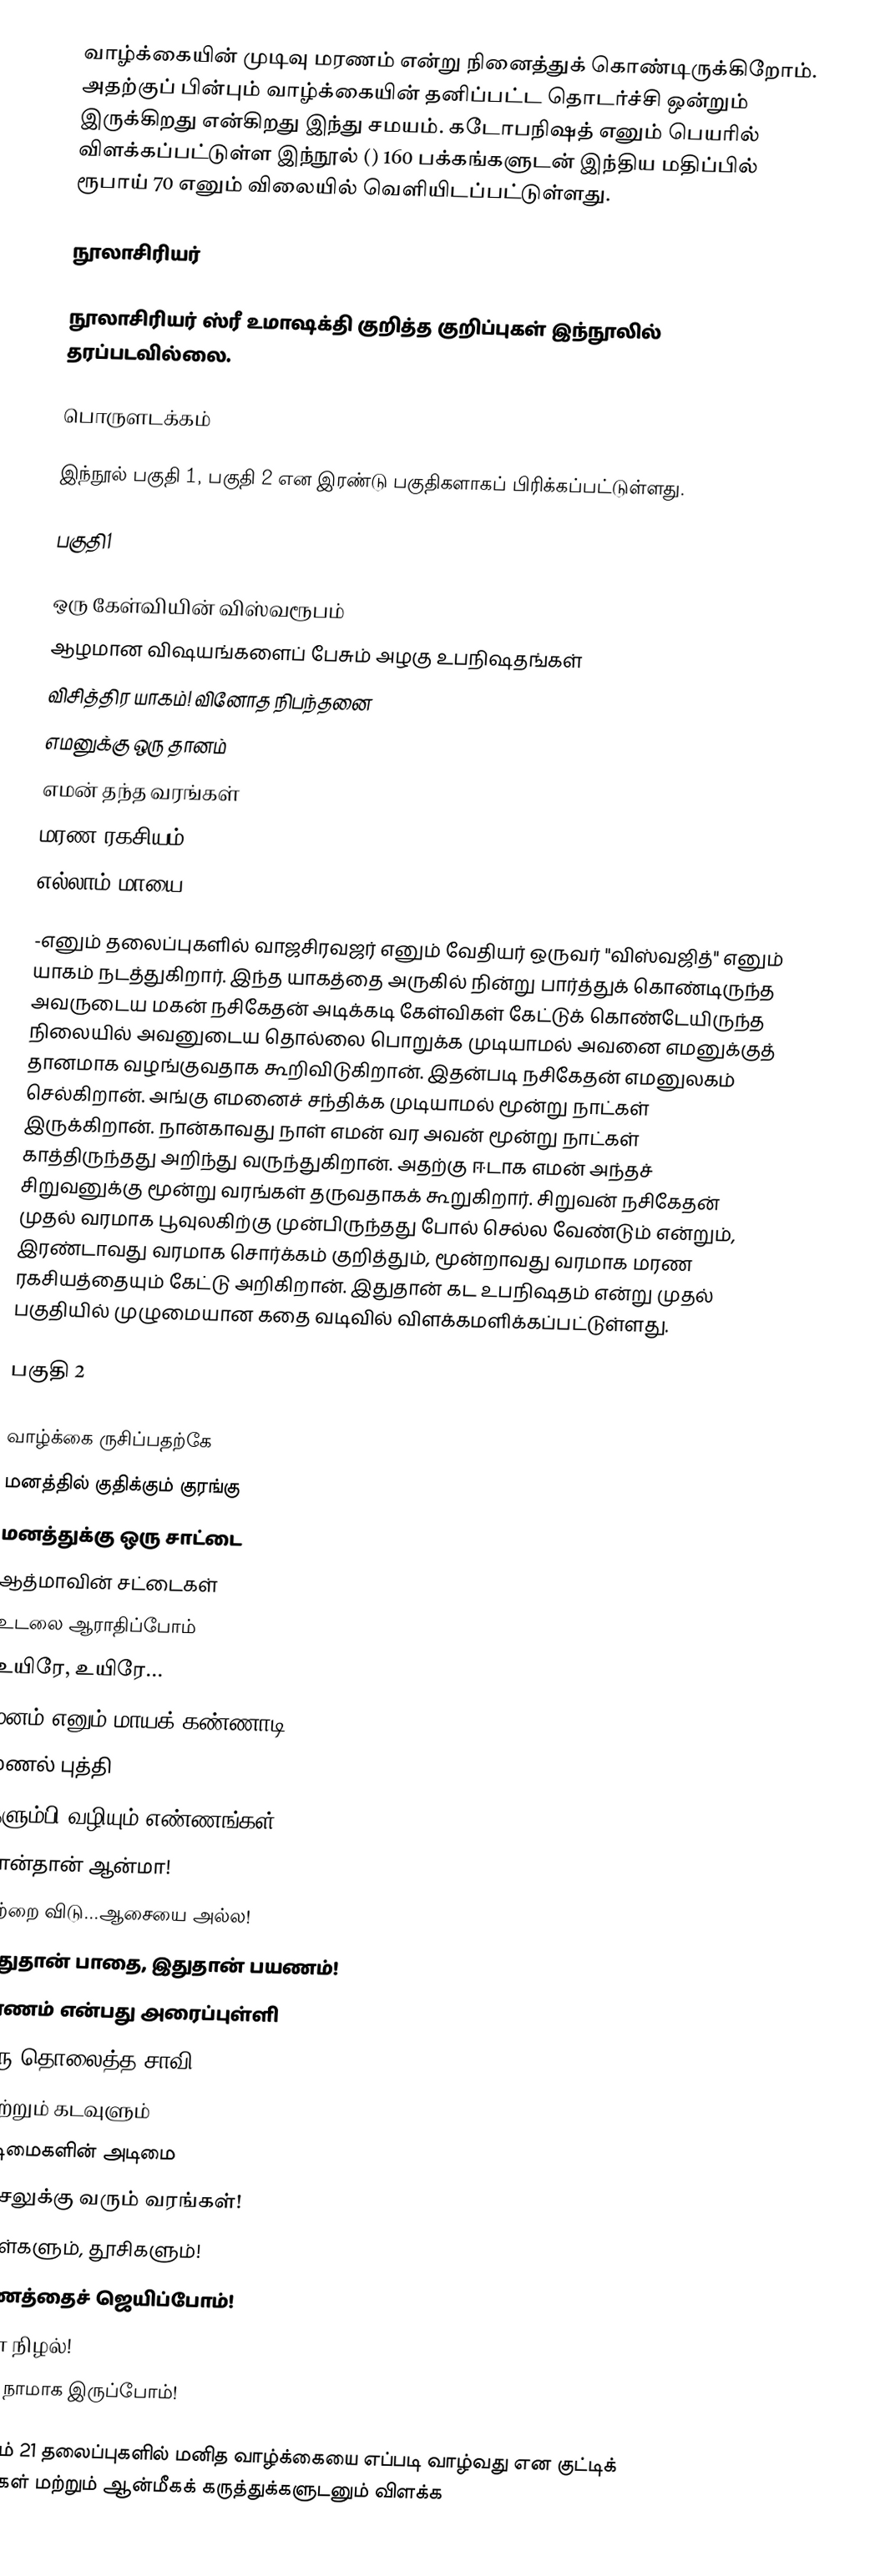
வாழ்க்கையின் முடிவு மரணம் என்று நினைத்துக் கொண்டிருக்கிறோம். அதற்குப் பின்பும் வாழ்க்கையின் தனிப்பட்ட தொடர்ச்சி ஒன்றும் இருக்கிறது என்கிறது இந்து சமயம். கடோபநிஷத் எனும் பெயரில் விளக்கப்பட்டுள்ள இந்நூல் () 160 பக்கங்களுடன் இந்திய மதிப்பில் ரூபாய் 70 எனும் விலையில் வெளியிடப்பட்டுள்ளது.

நூலாசிரியர்

நூலாசிரியர் ஸ்ரீ உமாஷக்தி குறித்த குறிப்புகள் இந்நூலில் தரப்படவில்லை.

பொருளடக்கம்

இந்நூல் பகுதி 1, பகுதி 2 என இரண்டு பகுதிகளாகப் பிரிக்கப்பட்டுள்ளது.

பகுதி1

ஒரு கேள்வியின் விஸ்வரூபம்
ஆழமான விஷயங்களைப் பேசும் அழகு உபநிஷதங்கள்
விசித்திர யாகம்! வினோத நிபந்தனை
எமனுக்கு ஒரு தானம்
எமன் தந்த வரங்கள்
மரண ரகசியம்
எல்லாம் மாயை

-எனும் தலைப்புகளில் வாஜசிரவஜர் எனும் வேதியர் ஒருவர் "விஸ்வஜித்" எனும் யாகம் நடத்துகிறார். இந்த யாகத்தை அருகில் நின்று பார்த்துக் கொண்டிருந்த அவருடைய மகன் நசிகேதன் அடிக்கடி கேள்விகள் கேட்டுக் கொண்டேயிருந்த நிலையில் அவனுடைய தொல்லை பொறுக்க முடியாமல் அவனை எமனுக்குத் தானமாக வழங்குவதாக கூறிவிடுகிறான். இதன்படி நசிகேதன் எமனுலகம் செல்கிறான். அங்கு எமனைச் சந்திக்க முடியாமல் மூன்று நாட்கள் இருக்கிறான். நான்காவது நாள் எமன் வர அவன் மூன்று நாட்கள் காத்திருந்தது அறிந்து வருந்துகிறான். அதற்கு ஈடாக எமன் அந்தச் சிறுவனுக்கு மூன்று வரங்கள் தருவதாகக் கூறுகிறார். சிறுவன் நசிகேதன் முதல் வரமாக பூவுலகிற்கு முன்பிருந்தது போல் செல்ல வேண்டும் என்றும், இரண்டாவது வரமாக சொர்க்கம் குறித்தும், மூன்றாவது வரமாக மரண ரகசியத்தையும் கேட்டு அறிகிறான். இதுதான் கட உபநிஷதம் என்று முதல் பகுதியில் முழுமையான கதை வடிவில் விளக்கமளிக்கப்பட்டுள்ளது.

பகுதி 2

வாழ்க்கை ருசிப்பதற்கே
மனத்தில் குதிக்கும் குரங்கு
மனத்துக்கு ஒரு சாட்டை
ஆத்மாவின் சட்டைகள்
உடலை ஆராதிப்போம்
உயிரே, உயிரே...
மனம் எனும் மாயக் கண்ணாடி
மணல் புத்தி
தளும்பி வழியும் எண்ணங்கள்
நான்தான் ஆன்மா!
பற்றை விடு...ஆசையை அல்ல!
இதுதான் பாதை, இதுதான் பயணம்!
மரணம் என்பது அரைப்புள்ளி
குரு தொலைத்த சாவி
காற்றும் கடவுளும்
அடிமைகளின் அடிமை
வாசலுக்கு வரும் வரங்கள்!
துகள்களும், தூசிகளும்!
மரணத்தைச் ஜெயிப்போம்!
நிலா நிழல்!
நாம், நாமாக இருப்போம்!

-எனும் 21 தலைப்புகளில் மனித வாழ்க்கையை எப்படி வாழ்வது என குட்டிக் கதைகள் மற்றும் ஆன்மீகக் கருத்துக்களுடனும் விளக்க